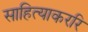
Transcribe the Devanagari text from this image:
साहित्याकररि